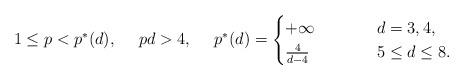
LaTeX: \begin{align*}&1 \leq p<p^*(d), \ \ \ \ pd>4,\ \ \ \ p^*(d)=\begin{cases}+\infty \ \ \ \ \ \, & \ \ \ d=3,4,\\\frac 4{d-4} \ \ \ \ \ \ & \ \ \ 5\leq d\leq 8.\end{cases} \end{align*}